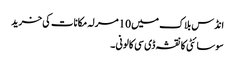
انڈس بلاک میں 10 مرلہ مکانات کی خرید
سوسائٹی کا نقشہ ڈی سی کالونی ۔